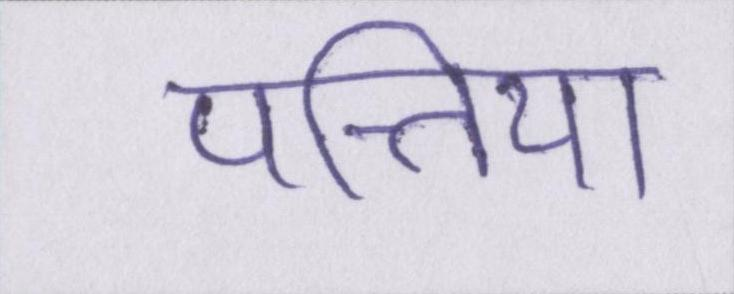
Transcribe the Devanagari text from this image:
पत्तिया